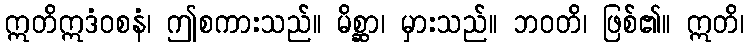
ဣတိဣဒံဝစနံ၊ ဤစကားသည်။ မိစ္ဆာ၊ မှားသည်။ ဘဝတိ၊ ဖြစ်၏။ ဣတိ၊